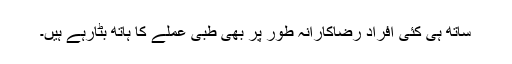
ساتھ ہی کئی افراد رضاکارانہ طور پر بھی طبی عملے کا ہاتھ بٹارہے ہیں۔